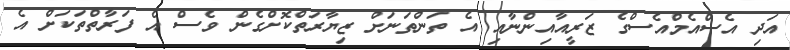
އަދި އެސްއެމްއެސްގެ ޒަރީއާއިންނާއި އެ ތަންތަނަށް ޒިޔާރަތްކޮށްގެން ވެސް އެ ފަރާތްތަކަށް އެ